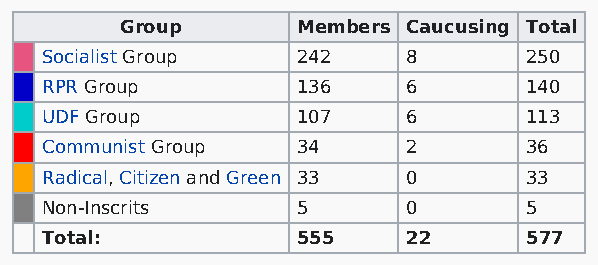
Group       Members Caucusing Total
 Socialist Group  242    8       250
 RPR Group        136    6       140
 UDF Group        107    6       113
 Communist Group  34     2       36
 Radical, Citizen and Green 33 0 33
 Non-Inscrits     5      0       5
 Total:           555    22      577